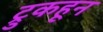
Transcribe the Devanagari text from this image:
ट्रुकहून